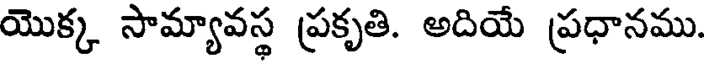
యొక్క సామ్యావస్థ ప్రకృతి. అదియే ప్రధానము.